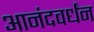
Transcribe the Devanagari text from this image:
आनंदवर्धंन